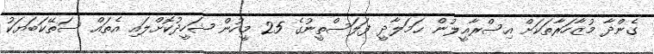
ގެންދާ މުޒާހަރާތަކަށް އިސްރާއީލުން ޙަމަލާދީ ފަލަސްތީނުގެ 25 މީހުން ޝަހީދުކޮށްލައި އެތައް ސަތޭކަބަޔަކު